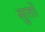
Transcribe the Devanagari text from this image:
सुतों